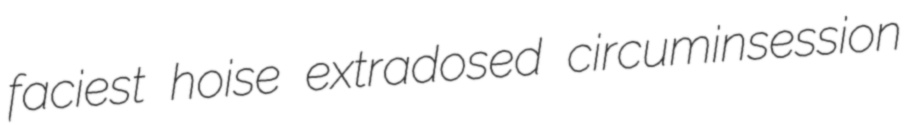
faciest hoise extradosed circuminsession